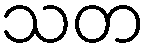
သတ